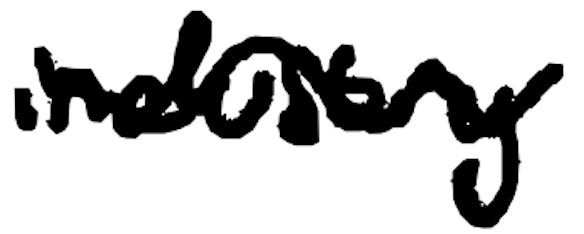
Text: industry
Cross-out: wave
Writing tool: digital_black